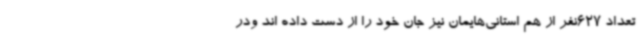
تعداد 627نفر از هم استانی‌هایمان نیز جان خود را از دست داده اند ودر